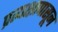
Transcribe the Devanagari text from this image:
प्रत्यक्षापासून